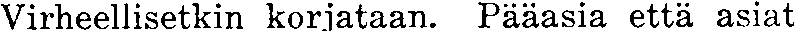
Virheellisetkin korjataan. Pääasia että asiat